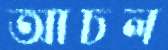
আচল